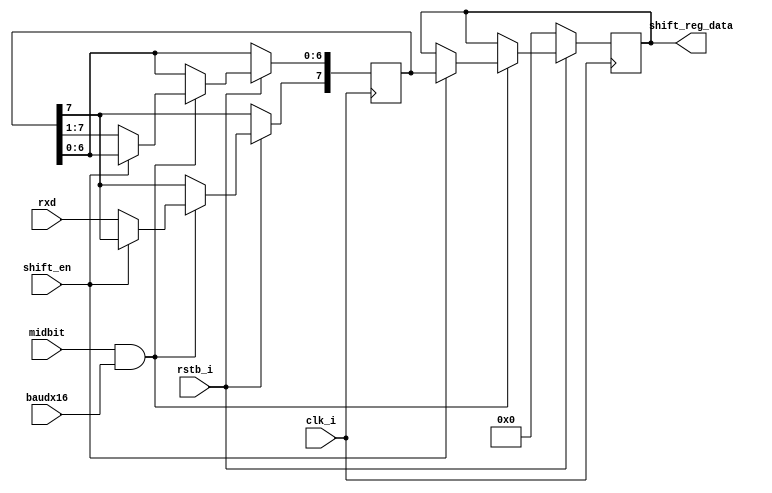
`timescale 1ns / 1ps
//////////////////////////////////////////////////////////////////////////////////
// Company: 
// Engineer: 
// 
// Design Name: 
// Module Name: UART_R_ShiftRegister
//////////////////////////////////////////////////////////////////////////////////

module UART_R_ShiftRegister(
    input clk_i,
    input rstb_i,
	
	input baudx16,
	input midbit,
	
	input shift_en,
    input rxd,
    output reg [7:0] shift_reg_data
    );
	
	reg [7:0] shift; 
    
    always @(posedge clk_i) begin
        if(rstb_i == 0) begin
            shift_reg_data <= 0;
        end
        else if (midbit == 1 && baudx16 == 1) begin
            if (shift_en) begin
                shift_reg_data <= shift;
            end
            else begin
                shift[6:0] <= shift[7:1];
                shift[7] <= rxd;
            end
        end
    end
endmodule